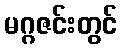
မဂ္ဂဇင်းတွင်